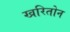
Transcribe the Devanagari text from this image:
खरितोन